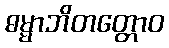
ဓမ္မာဘိတတ္တောဝ